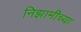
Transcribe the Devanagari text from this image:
निझामीच्या